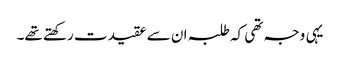
یہی وجہ تھی کہ طلبہ ان سے عقیدت رکھتے تھے۔